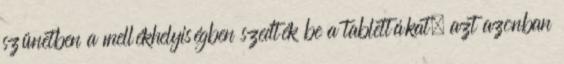
szünetben a mellékhelyiségben szedték be a tablettákat, azt azonban